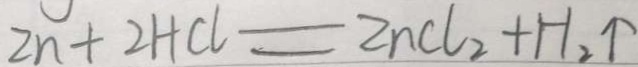
Z n + 2 H C l = Z n C l _ { 2 } + H _ { 2 } \uparrow